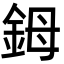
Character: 鉧